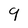
Character: 9